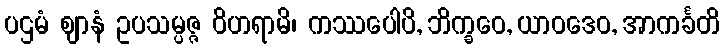
ပဌမံ ဈာနံ ဥပသမ္ပဇ္ဇ ဝိဟရာမိ၊ ကဿပေါပိ, ဘိက္ခဝေ, ယာဝဒေဝ, အာကင်္ခတိ